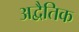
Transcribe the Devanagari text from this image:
अद्वैतिक